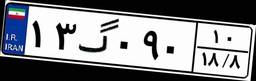
۰۰گ۴۵۹۵۳